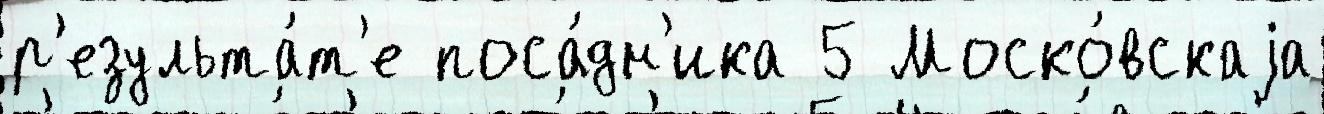
р'езульта́т'е поса́дн'ика 5 Моско́вскаjа